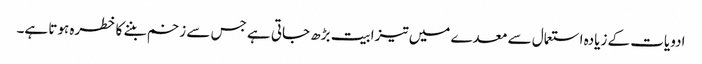
ادویات کے زیادہ استعمال سے معدے میں تیزابیت بڑھ جاتی ہے جس سے زخم بننے کا خطرہ ہوتا ہے۔